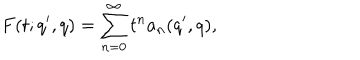
F ( t ; q ^ { \prime } , q ) = \sum _ { n = 0 } ^ { \infty } t ^ { n } a _ { n } ( q ^ { \prime } , q ) ,